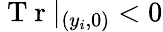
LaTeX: \mathrm{~T~r~}|_{(y_{i},0)}<0